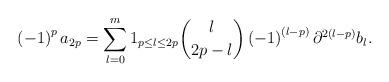
LaTeX: \begin{align*}\left( -1\right) ^{p}a_{2p}=\sum_{l=0}^{m}1_{p\leq l\leq2p}\dbinom{l}{2p-l}\left( -1\right) ^{\left( l-p\right) }\partial^{2(l-p)}b_{l}.\end{align*}